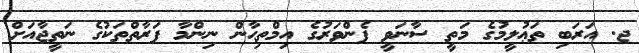
ޖ. އަރަބި ތަޢުލީމުގެ މަތީ ސާނަވީ ފެންވަރުގެ އިމްތިޙާން ނިންމާ ފަރާތްތަކުގެ ނަތީޖާއަށް